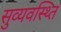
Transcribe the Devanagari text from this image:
सुव्यवस्थ्ति